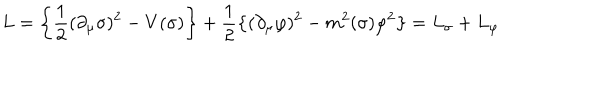
\; L = \left\{ \frac { 1 } { 2 } ( \partial _ { \mu } \sigma ) ^ { 2 } - V ( \sigma ) \right\} + \frac { 1 } { 2 } \left\{ ( \partial _ { \mu } \varphi ) ^ { 2 } - m ^ { 2 } ( \sigma ) \varphi ^ { 2 } \right\} = L _ { \sigma } + L _ { \varphi }